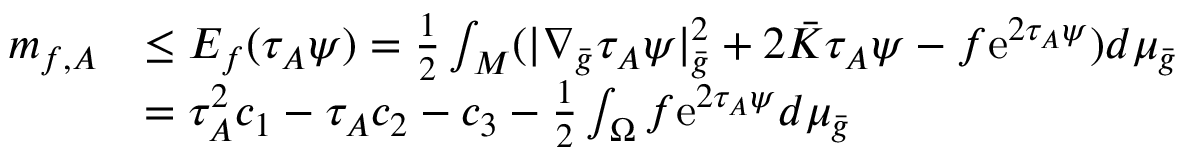
\begin{array} { r l } { m _ { f , A } } & { \le E _ { f } ( \tau _ { A } \psi ) = \frac 1 2 \int _ { M } ( | \nabla _ { \bar { g } } \tau _ { A } \psi | _ { \bar { g } } ^ { 2 } + 2 \bar { K } \tau _ { A } \psi - f \mathrm { e } ^ { 2 \tau _ { A } \psi } ) d \mu _ { \bar { g } } } \\ & { = \tau _ { A } ^ { 2 } c _ { 1 } - \tau _ { A } c _ { 2 } - c _ { 3 } - \frac { 1 } { 2 } \int _ { \Omega } f \mathrm { e } ^ { 2 \tau _ { A } \psi } d \mu _ { \bar { g } } } \end{array}